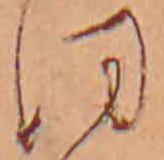
ほ